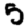
Digit: 5